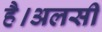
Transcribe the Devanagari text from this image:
है।अलसी